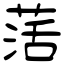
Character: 萿